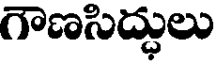
గౌణసిద్ధులు